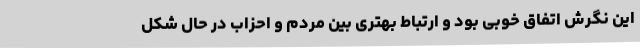
این نگرش اتفاق خوبی بود و ارتباط بهتری بین مردم و احزاب در حال شکل